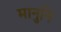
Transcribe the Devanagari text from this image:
मानुनि